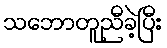
သဘောတူညီခဲ့ပြီး